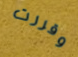
وقررت